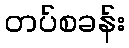
တပ်စခန်း